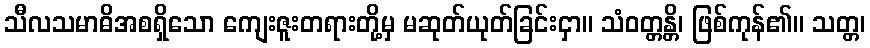
သီလသမာဓိအစရှိသော ကျေးဇူးတရားတို့မှ မဆုတ်ယုတ်ခြင်းငှာ။ သံဝတ္တန္တိ၊ ဖြစ်ကုန်၏။ သတ္တ၊